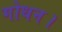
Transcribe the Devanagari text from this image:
गोधन।